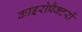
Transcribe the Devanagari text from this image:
काइरोप्रैक्टरों